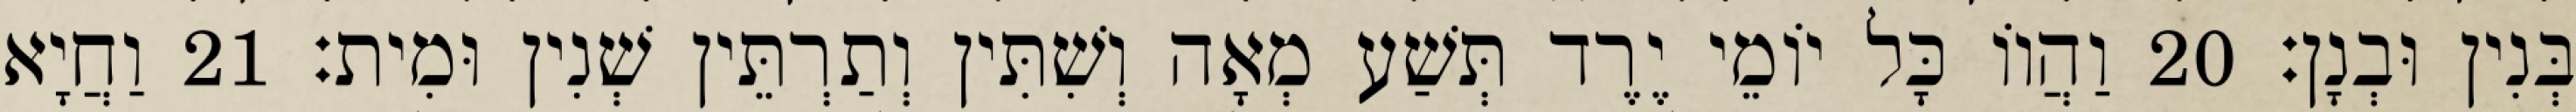
בְּנִין וּבְנָן׃ 20 וַהֲווֹ כָּל יוֹמֵי יֶרֶד תְּשַׁע מְאָה וְשִׁתִּין וְתַרְתֵּין שְׁנִין וּמִית׃ 21 וַחֲיָא